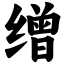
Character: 缯